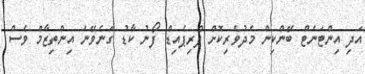
އަދި އިންޓަނެޓް ބޭންކިން މެދުވެރިކޮށް ޕްރިޕެއިޑް ފޯނު ކާޑު ގަނެވޭނެ އިންތިޒާމް ވެސް